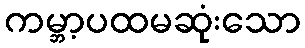
ကမ္ဘာ့ပထမဆုံးသော